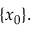
\{ x _ { 0 } \} .